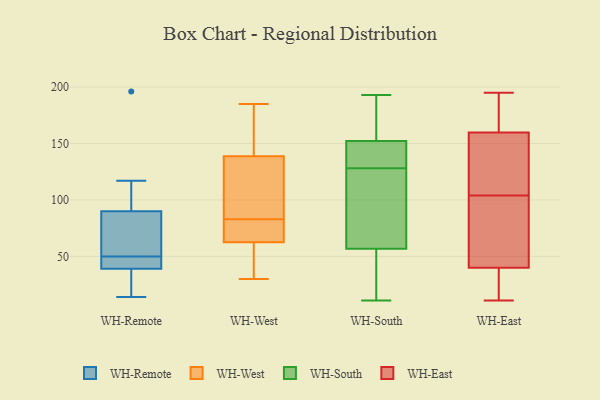
{"axis": {"x": "Conversion Rate (%)", "y": "Value"}, "legend": ["WH-East", "WH-Remote", "WH-South", "WH-West"], "data": [{"x": "", "y": 196, "type": "WH-Remote"}, {"x": "", "y": 102, "type": "WH-Remote"}, {"x": "", "y": 50, "type": "WH-Remote"}, {"x": "", "y": 28, "type": "WH-Remote"}, {"x": "", "y": 51, "type": "WH-Remote"}, {"x": "", "y": 14, "type": "WH-Remote"}, {"x": "", "y": 49, "type": "WH-Remote"}, {"x": "", "y": 54, "type": "WH-Remote"}, {"x": "", "y": 45, "type": "WH-Remote"}, {"x": "", "y": 117, "type": "WH-Remote"}, {"x": "", "y": 37, "type": "WH-Remote"}, {"x": "", "y": 32, "type": "WH-West"}, {"x": "", "y": 123, "type": "WH-West"}, {"x": "", "y": 62, "type": "WH-West"}, {"x": "", "y": 104, "type": "WH-West"}, {"x": "", "y": 67, "type": "WH-West"}, {"x": "", "y": 145, "type": "WH-West"}, {"x": "", "y": 83, "type": "WH-West"}, {"x": "", "y": 56, "type": "WH-West"}, {"x": "", "y": 144, "type": "WH-West"}, {"x": "", "y": 149, "type": "WH-West"}, {"x": "", "y": 30, "type": "WH-West"}, {"x": "", "y": 64, "type": "WH-West"}, {"x": "", "y": 106, "type": "WH-West"}, {"x": "", "y": 68, "type": "WH-West"}, {"x": "", "y": 185, "type": "WH-West"}, {"x": "", "y": 81, "type": "WH-South"}, {"x": "", "y": 162, "type": "WH-South"}, {"x": "", "y": 48, "type": "WH-South"}, {"x": "", "y": 148, "type": "WH-South"}, {"x": "", "y": 153, "type": "WH-South"}, {"x": "", "y": 138, "type": "WH-South"}, {"x": "", "y": 173, "type": "WH-South"}, {"x": "", "y": 11, "type": "WH-South"}, {"x": "", "y": 150, "type": "WH-South"}, {"x": "", "y": 20, "type": "WH-South"}, {"x": "", "y": 81, "type": "WH-South"}, {"x": "", "y": 186, "type": "WH-South"}, {"x": "", "y": 193, "type": "WH-South"}, {"x": "", "y": 54, "type": "WH-South"}, {"x": "", "y": 101, "type": "WH-South"}, {"x": "", "y": 135, "type": "WH-South"}, {"x": "", "y": 24, "type": "WH-South"}, {"x": "", "y": 65, "type": "WH-South"}, {"x": "", "y": 128, "type": "WH-South"}, {"x": "", "y": 12, "type": "WH-East"}, {"x": "", "y": 110, "type": "WH-East"}, {"x": "", "y": 34, "type": "WH-East"}, {"x": "", "y": 46, "type": "WH-East"}, {"x": "", "y": 176, "type": "WH-East"}, {"x": "", "y": 11, "type": "WH-East"}, {"x": "", "y": 104, "type": "WH-East"}, {"x": "", "y": 164, "type": "WH-East"}, {"x": "", "y": 101, "type": "WH-East"}, {"x": "", "y": 144, "type": "WH-East"}, {"x": "", "y": 38, "type": "WH-East"}, {"x": "", "y": 171, "type": "WH-East"}, {"x": "", "y": 63, "type": "WH-East"}, {"x": "", "y": 147, "type": "WH-East"}, {"x": "", "y": 195, "type": "WH-East"}]}